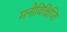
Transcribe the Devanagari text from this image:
मनौविक्षिप्ति